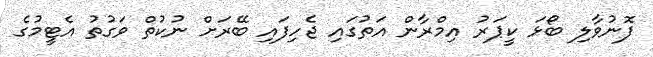
ފޮނުވާލި ބޯޅަ ކީޕަރު އިމްރާން އަތުގައި ޖެހިފައި ބޭރަށް ނުކުތް ވަގުތު އެޓީމުގެ